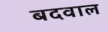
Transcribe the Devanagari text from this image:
बदवाल